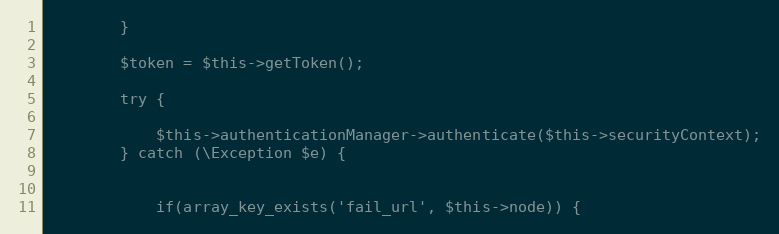
Language: PHP
        }

        $token = $this->getToken();

        try {

            $this->authenticationManager->authenticate($this->securityContext);
        } catch (\Exception $e) {

            if(array_key_exists('fail_url', $this->node)) {